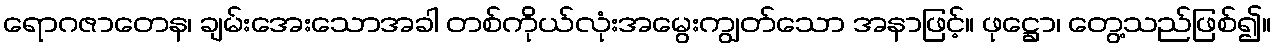
ရောဂဇာတေန၊ ချမ်းအေးသောအခါ တစ်ကိုယ်လုံးအမွေးကျွတ်သော အနာဖြင့်။ ဖုဋ္ဌော၊ တွေ့သည်ဖြစ်၍။